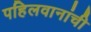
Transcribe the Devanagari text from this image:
पहिलवानांची